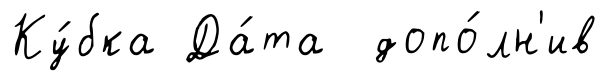
Ку́бка Да́та допо́лн'ив